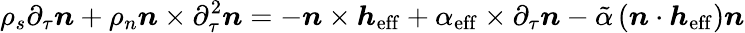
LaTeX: \rho_{s}\partial_{\tau}\boldsymbol{n}+\rho_{n}\boldsymbol{n}\times\partial_{\tau}^{2}\boldsymbol{n}=-\boldsymbol{n}\times\boldsymbol{h}_{\mathrm{eff}}+\alpha_{\mathrm{eff}}\times\partial_{\tau}\boldsymbol{n}-\tilde{\alpha}\left(\boldsymbol{n}\cdot\boldsymbol{h}_{\mathrm{eff}}\right)\boldsymbol{n}